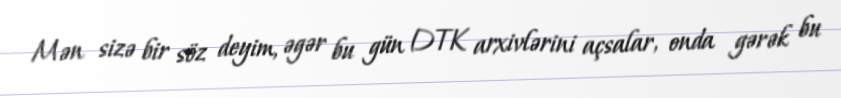
Mən sizə bir söz deyim, əgər bu gün DTK arxivlərini açsalar, onda gərək bu